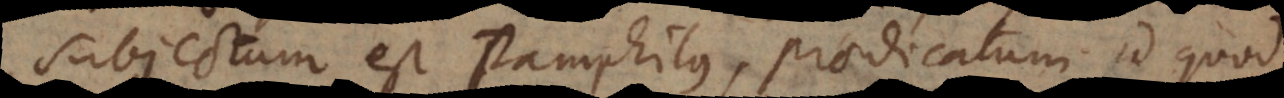
subjectum est Pamphilus, praedicatum id quod